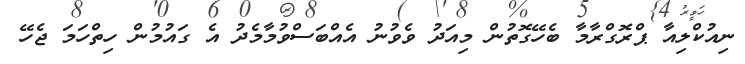
ނިއުކްލިއާ ޕްރޮގްރާމާ ބެހޭގޮތުން މިއަދު ވެވުނު އެއްބަސްވުމާމެދު އެ ގައުމުން ހިތްހަމަ ޖެހޭ